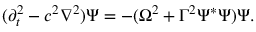
( \partial _ { t } ^ { 2 } - c ^ { 2 } \nabla ^ { 2 } ) \Psi = - ( \Omega ^ { 2 } + \Gamma ^ { 2 } \Psi ^ { * } \Psi ) \Psi .